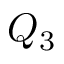
Q _ { 3 }